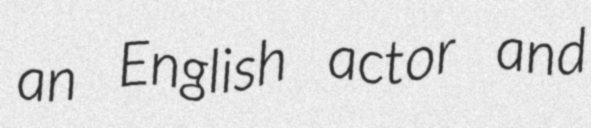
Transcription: an English actor and